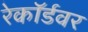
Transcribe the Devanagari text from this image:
रेकॉर्डवर